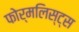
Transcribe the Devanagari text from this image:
फोर्मलिस्ट्स